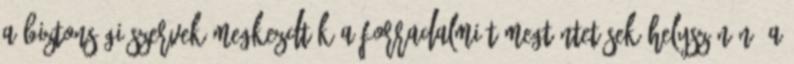
a biztonsági szervek megkezdték a forradalmi tömegtüntetések helyszínén, a